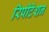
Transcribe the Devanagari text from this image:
रिपीटेशन